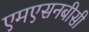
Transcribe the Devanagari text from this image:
एमएसनबीसी